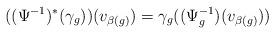
LaTeX: \begin{align*}((\Psi^{-1})^*(\gamma_g))(v_{\beta(g)}) = \gamma_g((\Psi_g^{-1})(v_{\beta(g)}))\end{align*}